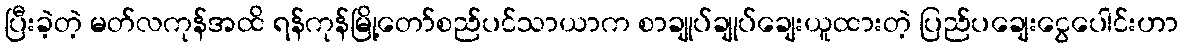
ပြီးခဲ့တဲ့ မတ်လကုန်အထိ ရန်ကုန်မြို့တော်စည်ပင်သာယာက စာချုပ်ချုပ်ချေးယူထားတဲ့ ပြည်ပချေးငွေပေါင်းဟာ